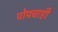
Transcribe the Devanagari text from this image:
पोपचाही